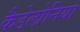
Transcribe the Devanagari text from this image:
कैडेलोनिया